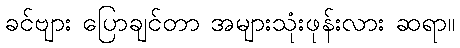
ခင်ဗျား ပြောချင်တာ အများသုံးဖုန်းလား ဆရာ။